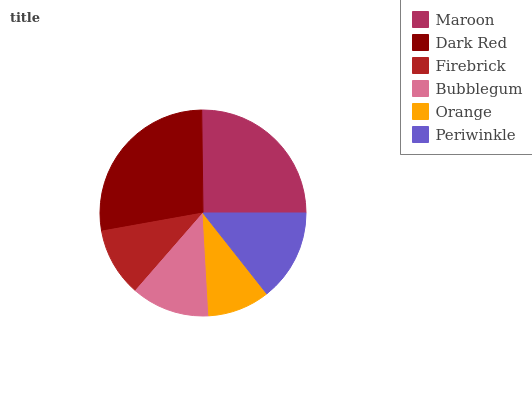
| Maroon | Dark Red | Firebrick | Bubblegum | Orange | Periwinkle |
 | --- | --- | --- | --- | --- | --- |
 | 25.1% | 27.7% | 10.8% | 12.3% | 9.74% | 14.4% |